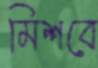
মিশবে